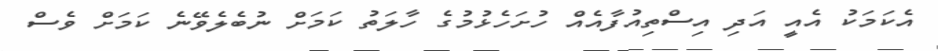
އެކަމަކު އެއީ އަދި އިސްތިއުފާއެއް ހުށަހެޅުމުގެ ހާލަތު ކަމަށް ނުބެލެވޭނެ ކަމަށް ވެސް